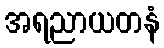
အရညာယတနံ